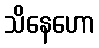
သိနေဟော